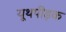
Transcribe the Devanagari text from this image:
यूथपीड़क